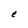
Character: e